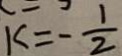
k = - \frac { 1 } { 2 }